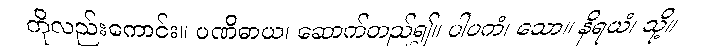
ကိုလည်းကောင်း။ ပဏိဓာယ၊ ဆောက်တည်၍။ ပါပကံ၊ သော။ နိရယံ၊ သို့။